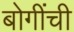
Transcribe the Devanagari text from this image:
बोगींची